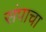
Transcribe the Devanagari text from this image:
संपाचा